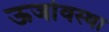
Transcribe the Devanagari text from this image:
ऊर्जावस्था